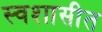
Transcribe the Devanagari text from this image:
स्वशासीत